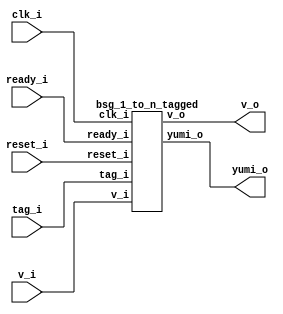
// This program was cloned from: https://github.com/chipsalliance/UHDM-integration-tests
// License: Apache License 2.0



module top
(
  clk_i,
  reset_i,
  v_i,
  tag_i,
  yumi_o,
  v_o,
  ready_i
);

  input [4:0] tag_i;
  output [31:0] v_o;
  input [31:0] ready_i;
  input clk_i;
  input reset_i;
  input v_i;
  output yumi_o;

  bsg_1_to_n_tagged
  wrapper
  (
    .tag_i(tag_i),
    .v_o(v_o),
    .ready_i(ready_i),
    .clk_i(clk_i),
    .reset_i(reset_i),
    .v_i(v_i),
    .yumi_o(yumi_o)
  );


endmodule



module bsg_decode_num_out_p32
(
  i,
  o
);

  input [4:0] i;
  output [31:0] o;
  wire [31:0] o;
  assign o = { 1'b0, 1'b0, 1'b0, 1'b0, 1'b0, 1'b0, 1'b0, 1'b0, 1'b0, 1'b0, 1'b0, 1'b0, 1'b0, 1'b0, 1'b0, 1'b0, 1'b0, 1'b0, 1'b0, 1'b0, 1'b0, 1'b0, 1'b0, 1'b0, 1'b0, 1'b0, 1'b0, 1'b0, 1'b0, 1'b0, 1'b0, 1'b1 } << i;

endmodule



module bsg_decode_with_v_num_out_p32
(
  i,
  v_i,
  o
);

  input [4:0] i;
  output [31:0] o;
  input v_i;
  wire [31:0] o,lo;

  bsg_decode_num_out_p32
  bd
  (
    .i(i),
    .o(lo)
  );

  assign o[31] = v_i & lo[31];
  assign o[30] = v_i & lo[30];
  assign o[29] = v_i & lo[29];
  assign o[28] = v_i & lo[28];
  assign o[27] = v_i & lo[27];
  assign o[26] = v_i & lo[26];
  assign o[25] = v_i & lo[25];
  assign o[24] = v_i & lo[24];
  assign o[23] = v_i & lo[23];
  assign o[22] = v_i & lo[22];
  assign o[21] = v_i & lo[21];
  assign o[20] = v_i & lo[20];
  assign o[19] = v_i & lo[19];
  assign o[18] = v_i & lo[18];
  assign o[17] = v_i & lo[17];
  assign o[16] = v_i & lo[16];
  assign o[15] = v_i & lo[15];
  assign o[14] = v_i & lo[14];
  assign o[13] = v_i & lo[13];
  assign o[12] = v_i & lo[12];
  assign o[11] = v_i & lo[11];
  assign o[10] = v_i & lo[10];
  assign o[9] = v_i & lo[9];
  assign o[8] = v_i & lo[8];
  assign o[7] = v_i & lo[7];
  assign o[6] = v_i & lo[6];
  assign o[5] = v_i & lo[5];
  assign o[4] = v_i & lo[4];
  assign o[3] = v_i & lo[3];
  assign o[2] = v_i & lo[2];
  assign o[1] = v_i & lo[1];
  assign o[0] = v_i & lo[0];

endmodule



module bsg_1_to_n_tagged
(
  clk_i,
  reset_i,
  v_i,
  tag_i,
  yumi_o,
  v_o,
  ready_i
);

  input [4:0] tag_i;
  output [31:0] v_o;
  input [31:0] ready_i;
  input clk_i;
  input reset_i;
  input v_i;
  output yumi_o;
  wire [31:0] v_o;
  wire yumi_o,N0,N1,N2,N3,N4,N5,N6,N7,N8,N9,N10,N11,N12,N13,N14,N15,N16,N17,N18,N19,
  N20,N21,N22,N23,N24,N25,N26,N27,N28,N29,N30,N31,N32,N33,N34,N35,N36,N37,N38,N39,
  N40,N41,N42,N43,N44,N45,N46,N47,N48,N49,N50,N51,N52,N53,N54,N55,N56,N57,N58,N59,
  N60,N61,N62,N63,N64,N65;

  bsg_decode_with_v_num_out_p32
  \many.bdv 
  (
    .i(tag_i),
    .v_i(v_i),
    .o(v_o)
  );

  assign N65 = (N33)? ready_i[0] : 
               (N35)? ready_i[1] : 
               (N37)? ready_i[2] : 
               (N39)? ready_i[3] : 
               (N41)? ready_i[4] : 
               (N43)? ready_i[5] : 
               (N45)? ready_i[6] : 
               (N47)? ready_i[7] : 
               (N49)? ready_i[8] : 
               (N51)? ready_i[9] : 
               (N53)? ready_i[10] : 
               (N55)? ready_i[11] : 
               (N57)? ready_i[12] : 
               (N59)? ready_i[13] : 
               (N61)? ready_i[14] : 
               (N63)? ready_i[15] : 
               (N34)? ready_i[16] : 
               (N36)? ready_i[17] : 
               (N38)? ready_i[18] : 
               (N40)? ready_i[19] : 
               (N42)? ready_i[20] : 
               (N44)? ready_i[21] : 
               (N46)? ready_i[22] : 
               (N48)? ready_i[23] : 
               (N50)? ready_i[24] : 
               (N52)? ready_i[25] : 
               (N54)? ready_i[26] : 
               (N56)? ready_i[27] : 
               (N58)? ready_i[28] : 
               (N60)? ready_i[29] : 
               (N62)? ready_i[30] : 
               (N64)? ready_i[31] : 1'b0;
  assign N0 = ~tag_i[0];
  assign N1 = ~tag_i[1];
  assign N2 = N0 & N1;
  assign N3 = N0 & tag_i[1];
  assign N4 = tag_i[0] & N1;
  assign N5 = tag_i[0] & tag_i[1];
  assign N6 = ~tag_i[2];
  assign N7 = N2 & N6;
  assign N8 = N2 & tag_i[2];
  assign N9 = N4 & N6;
  assign N10 = N4 & tag_i[2];
  assign N11 = N3 & N6;
  assign N12 = N3 & tag_i[2];
  assign N13 = N5 & N6;
  assign N14 = N5 & tag_i[2];
  assign N15 = ~tag_i[3];
  assign N16 = N7 & N15;
  assign N17 = N7 & tag_i[3];
  assign N18 = N9 & N15;
  assign N19 = N9 & tag_i[3];
  assign N20 = N11 & N15;
  assign N21 = N11 & tag_i[3];
  assign N22 = N13 & N15;
  assign N23 = N13 & tag_i[3];
  assign N24 = N8 & N15;
  assign N25 = N8 & tag_i[3];
  assign N26 = N10 & N15;
  assign N27 = N10 & tag_i[3];
  assign N28 = N12 & N15;
  assign N29 = N12 & tag_i[3];
  assign N30 = N14 & N15;
  assign N31 = N14 & tag_i[3];
  assign N32 = ~tag_i[4];
  assign N33 = N16 & N32;
  assign N34 = N16 & tag_i[4];
  assign N35 = N18 & N32;
  assign N36 = N18 & tag_i[4];
  assign N37 = N20 & N32;
  assign N38 = N20 & tag_i[4];
  assign N39 = N22 & N32;
  assign N40 = N22 & tag_i[4];
  assign N41 = N24 & N32;
  assign N42 = N24 & tag_i[4];
  assign N43 = N26 & N32;
  assign N44 = N26 & tag_i[4];
  assign N45 = N28 & N32;
  assign N46 = N28 & tag_i[4];
  assign N47 = N30 & N32;
  assign N48 = N30 & tag_i[4];
  assign N49 = N17 & N32;
  assign N50 = N17 & tag_i[4];
  assign N51 = N19 & N32;
  assign N52 = N19 & tag_i[4];
  assign N53 = N21 & N32;
  assign N54 = N21 & tag_i[4];
  assign N55 = N23 & N32;
  assign N56 = N23 & tag_i[4];
  assign N57 = N25 & N32;
  assign N58 = N25 & tag_i[4];
  assign N59 = N27 & N32;
  assign N60 = N27 & tag_i[4];
  assign N61 = N29 & N32;
  assign N62 = N29 & tag_i[4];
  assign N63 = N31 & N32;
  assign N64 = N31 & tag_i[4];
  assign yumi_o = N65 & v_i;

endmodule